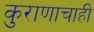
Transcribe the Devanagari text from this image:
कुराणाचाही